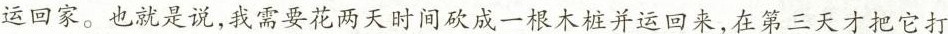
运回家。也就是说，我需要花两天时间砍成一根木桩并运回来，在第三天才把它打